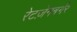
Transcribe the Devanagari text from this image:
रेटज़ेनबर्गर